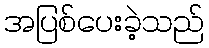
အပြစ်ပေးခဲ့သည်